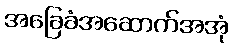
အခြေခံအဆောက်အအုံ